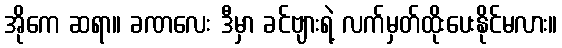
အိုကေ ဆရာ။ ခဏလေး ဒီမှာ ခင်ဗျားရဲ့ လက်မှတ်ထိုးပေးနိုင်မလား။